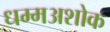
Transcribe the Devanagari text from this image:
धम्मअशोक